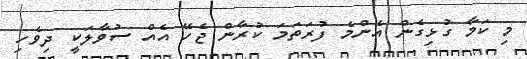
މި ކަމާ ގުޅިގެން އެންމެ ފުރަތަމަ ކުރާން ޖެހޭ އެއް ސުވާލަކީ ދިވެހި